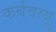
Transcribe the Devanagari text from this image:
कर्बवायू